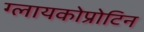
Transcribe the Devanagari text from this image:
ग्लायकोप्रोटिन